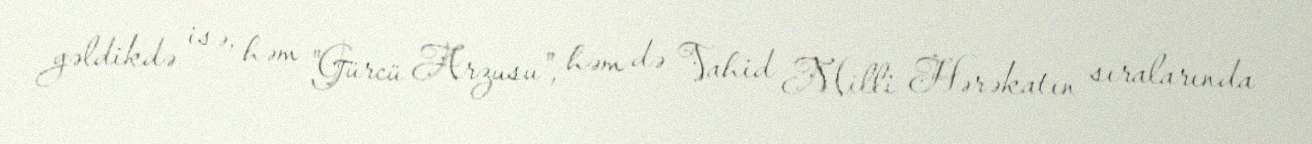
gəldikdə isə, həm "Gürcü Arzusu", həm də Vahid Milli Hərəkatın sıralarında